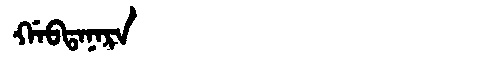
Manchu: ᡤᠠᠪᡨᠠᠨᠠᡵᠠ
Romanization: GABTANARA